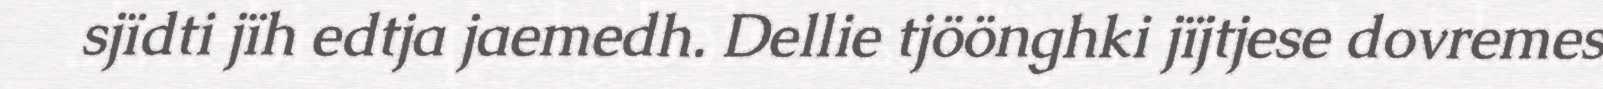
sjïdti jïh edtja jaemedh. Dellie tjöönghki jïjtjese dovremes